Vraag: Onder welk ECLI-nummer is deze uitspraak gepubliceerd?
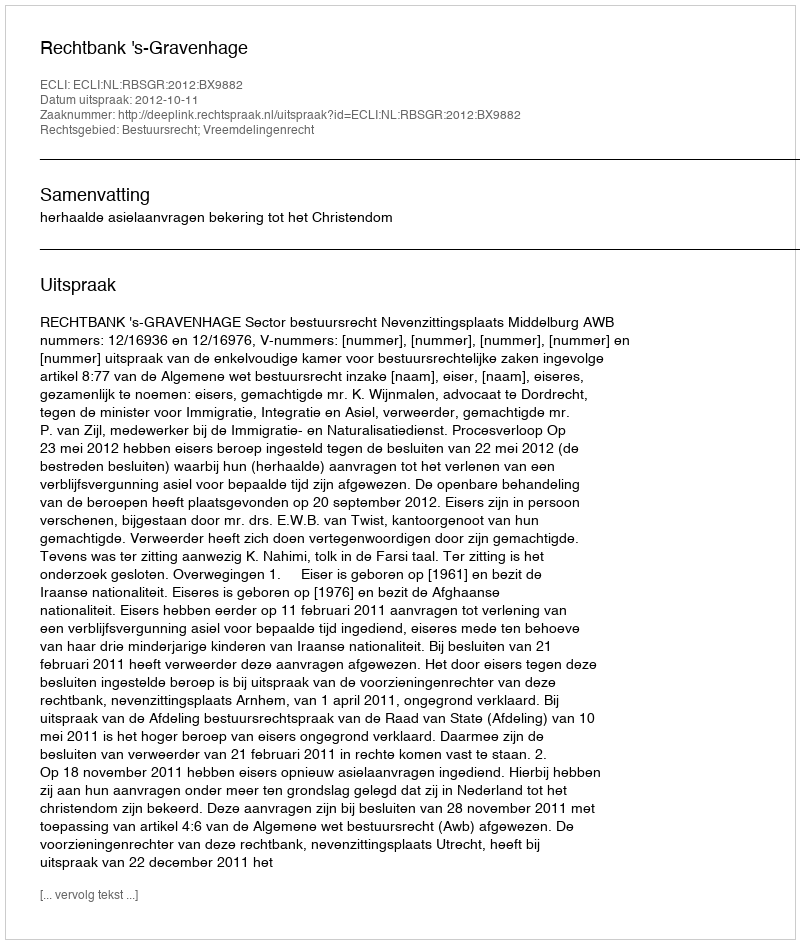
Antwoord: ECLI:NL:RBSGR:2012:BX9882